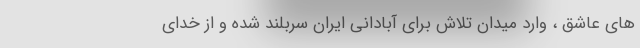
های عاشق ، وارد میدان تلاش برای آبادانی ایران سربلند شده و از خدای